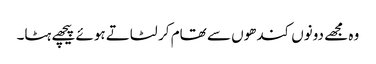
وہ مجھے دونوں کندھوں سے تھام کر لٹاتے ہوئے پیچھے ہٹا۔